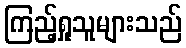
ကြည့်ရှုသူများသည်